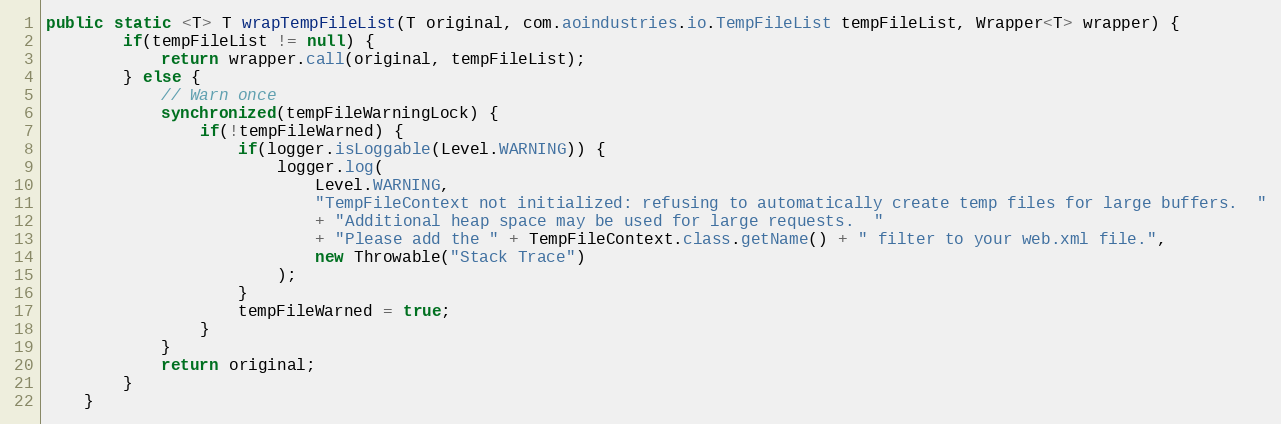
Language: Java
public static <T> T wrapTempFileList(T original, com.aoindustries.io.TempFileList tempFileList, Wrapper<T> wrapper) {
		if(tempFileList != null) {
			return wrapper.call(original, tempFileList);
		} else {
			// Warn once
			synchronized(tempFileWarningLock) {
				if(!tempFileWarned) {
					if(logger.isLoggable(Level.WARNING)) {
						logger.log(
							Level.WARNING,
							"TempFileContext not initialized: refusing to automatically create temp files for large buffers.  "
							+ "Additional heap space may be used for large requests.  "
							+ "Please add the " + TempFileContext.class.getName() + " filter to your web.xml file.",
							new Throwable("Stack Trace")
						);
					}
					tempFileWarned = true;
				}
			}
			return original;
		}
	}